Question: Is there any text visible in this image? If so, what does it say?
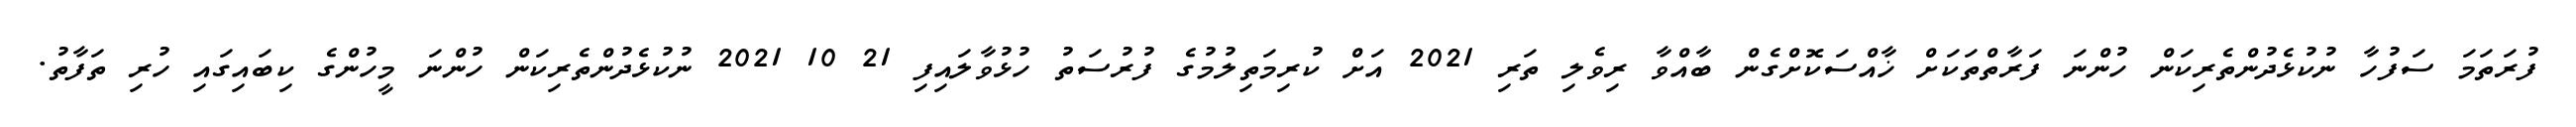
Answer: ފުރަތަމަ ސަފުހާ ނުކުޅެދުންތެރިކަން ހުންނަ ފަރާތްތަކަށް ޚާއްސަކޮށްގެން ބާއްވާ ރިވެލި ތަރި 2021 އަށް ކުރިމަތިލުމުގެ ފުރުސަތު ހުޅުވާލައިފި 21 10 2021 ނުކުޅެދުންތެރިކަން ހުންނަ މީހުންގެ ކިބައިގައި ހުރި ތަފާތު.